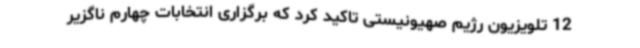
12 تلویزیون رژیم صهیونیستی تاکید کرد که برگزاری انتخابات چهارم ناگزیر